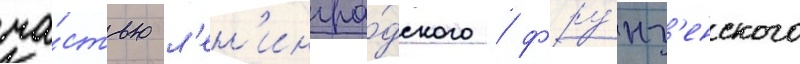
ча́стью л'ен'ингра́дского / фру́нз'енского